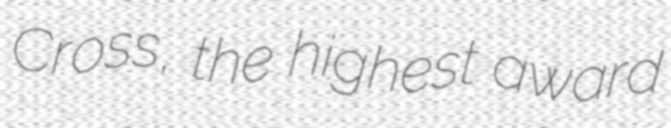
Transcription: Cross, the highest award